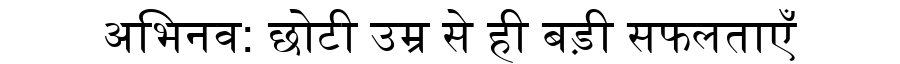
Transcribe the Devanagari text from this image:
अभिनव: छोटी उम्र से ही बड़ी सफलताएँ